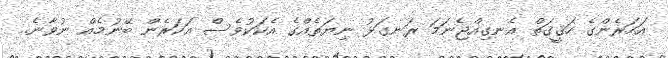
އަހަރެންގެ ހަޤީޤަތް އެނގިއްޖެނަމަ ރަނގަޅު ނިޔަތެއްގެ އެކަކުވެސް އަހަރެން ބޭނުމެއް ނުވާނެ..